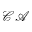
\mathcal { C A }